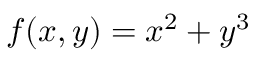
f ( x , y ) = x ^ { 2 } + y ^ { 3 }